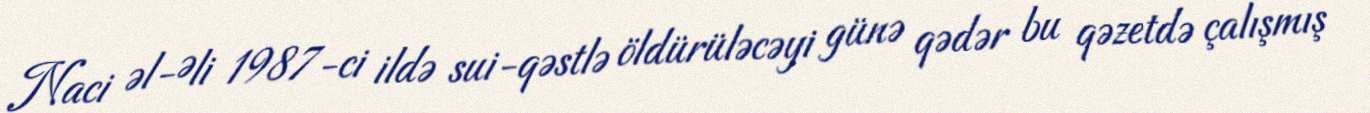
Naci əl-Əli 1987-ci ildə sui-qəstlə öldürüləcəyi günə qədər bu qəzetdə çalışmış